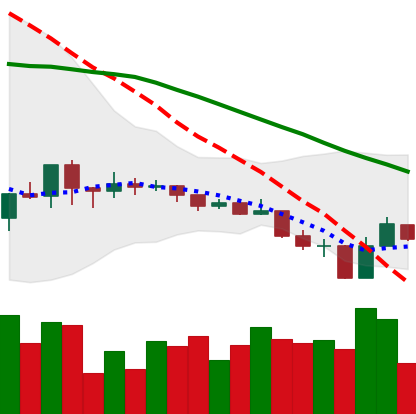
Ticker: ADA-USD
Chart end date: 2019-08-12
Forward return: -10.474%
Label: down_7plus